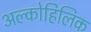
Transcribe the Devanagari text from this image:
अल्कोहिलिक